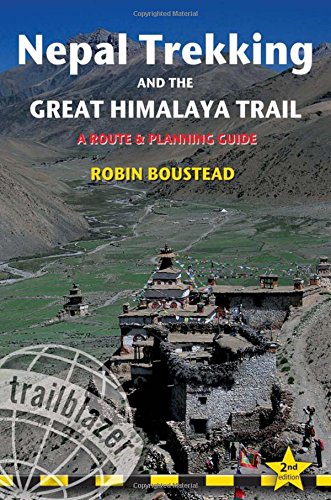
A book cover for Nepal Trekking & the Great Himalaya Trail: A route and planning guide; Robin Boustead; Travel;